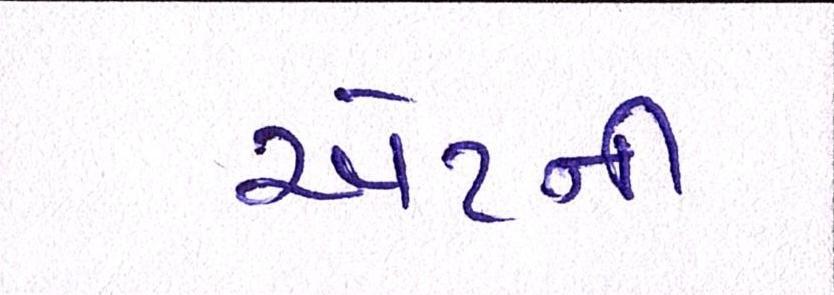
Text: એટર્ની